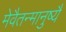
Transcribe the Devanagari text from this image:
मेवैतन्मानुष्यै